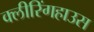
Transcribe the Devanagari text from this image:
क्लीरिंगहाउस